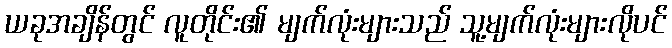
ယခုအချိန်တွင် လူတိုင်း၏ မျက်လုံးများသည် သူ့မျက်လုံးများလိုပင်